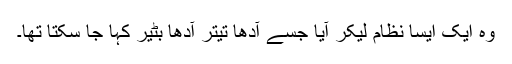
وہ ایک ایسا نظام لیکر آیا جسے آدھا تیتر آدھا بٹیر کہا جا سکتا تھا۔